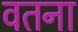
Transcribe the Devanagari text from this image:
वतना